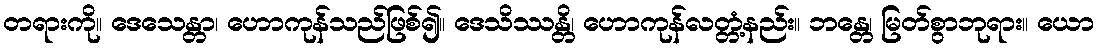
တရားကို။ ဒေသေန္တာ၊ ဟောကုန်သည်ဖြစ်၍။ ဒေသိဿန္တိ၊ ဟောကုန်လတ္တံ့နည်း။ ဘန္တေ၊ မြတ်စွာဘုရား။ ယော